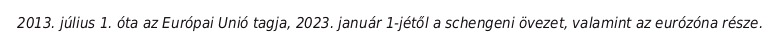
2013. július 1. óta az Európai Unió tagja, 2023. január 1-jétől a schengeni övezet, valamint az eurózóna része.